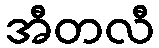
အီတလီ